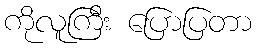
ကိုလူကြီး ပြောပြတာ